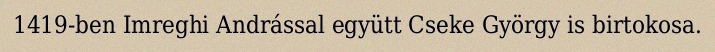
1419-ben Imreghi Andrással együtt Cseke György is birtokosa.